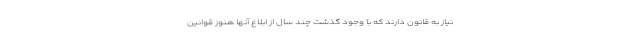
نیاز به قانون دارند که با وجود گذشت چند سال از ابلاغ آنها هنوز قوانین